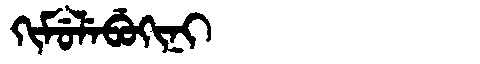
Manchu: ᡴᡳᠮᡠᠯᡝᠪᡠᡴᡳᠨᡳ
Romanization: KIMULEBUKINI